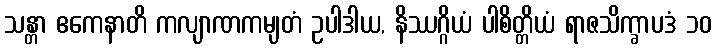
သန္တာ ဧကေနာတိ ကလျာဏကမျတံ ဥပါဒါယ, နိဿဂ္ဂိယံ ပါစိတ္တိယံ ရာဇသိက္ခာပဒံ ၁၀